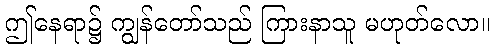
ဤနေရာ၌ ကျွန်တော်သည် ကြားနာသူ မဟုတ်လော။